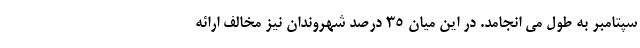
سپتامبر به طول می انجامد. در این میان ۳۵ درصد شهروندان نیز مخالف ارائه